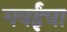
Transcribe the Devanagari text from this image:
गवईंचा